画像に写った文字を読んでください
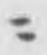
「ニ」と書いてあります